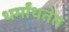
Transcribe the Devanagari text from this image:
धर्मांधतेत